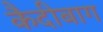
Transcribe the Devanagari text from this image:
कैदीबाग